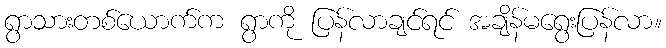
ရွာသားတစ်ယောက်က ရွာကို ပြန်လာချင်ရင် အချိန်မရွေးပြန်လာ။